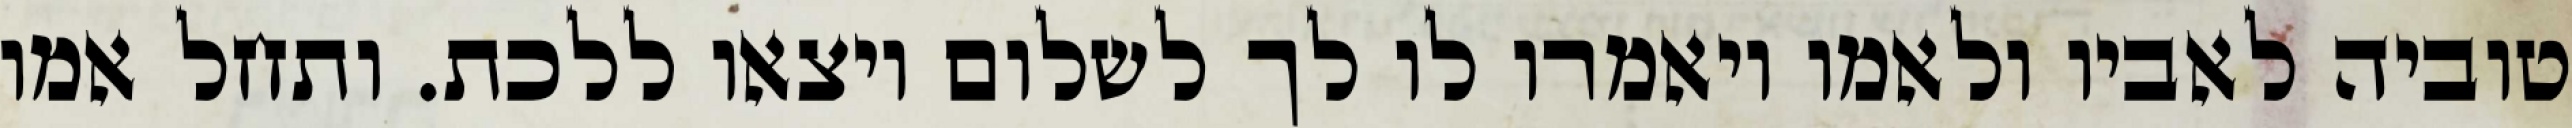
טוביה לאביו ולאמו ויאמרו לו לך לשלום ויצאו ללכת. ותחל אמו